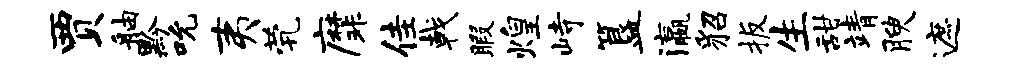
贾舳黔吮夷茕縻佳戟暇煌峙簋瀛貂扳生甜靖腴遮